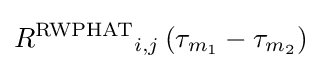
{{R}^{\text{RWPHAT}}}_{i,j}\left({\tau }_{{m}_{1}}-{\tau }_{{m}_{2}}\right)